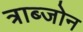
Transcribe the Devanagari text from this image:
त्राब्जोन